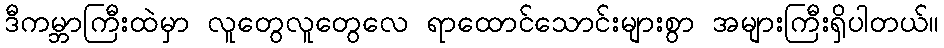
ဒီကမ္ဘာကြီးထဲမှာ လူတွေလူတွေလေ ရာထောင်သောင်းများစွာ အများကြီးရှိပါတယ်။